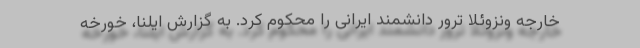
خارجه ونزوئلا ترور دانشمند ایرانی را محکوم کرد. به گزارش ایلنا، خورخه